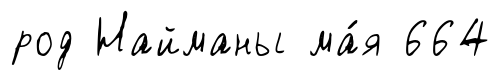
род Найманы ма́я 664